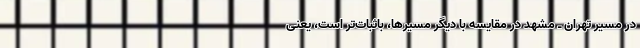
در مسیر تهران ـ مشهد در مقایسه با دیگر مسیرها، باثبات‌تر است، یعنی